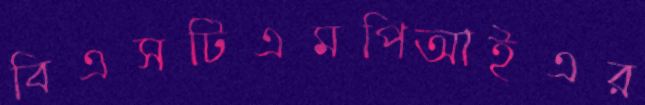
বিএসটিএমপিআইএর